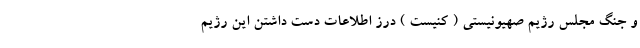
و جنگ مجلس رژیم صهیونیستی ( کنیست ) درز اطلاعات دست داشتن این رژیم